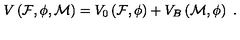
V \left( { \cal F } , { \cal \phi } , { \cal M } \right) = V _ { 0 } \left( { \cal F } , { \cal \phi } \right) + V _ { B } \left( { \cal M } , { \cal \phi } \right) \ .